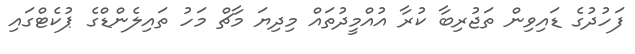
ފަހުދުގެ ޑައިވިން ތަޖުރިބާ ކުރާ އުއްމީދުތައް މިދިޔަ މާޗް މަހު ތައިލެންޑްގެ ޕުކެޓްގައި